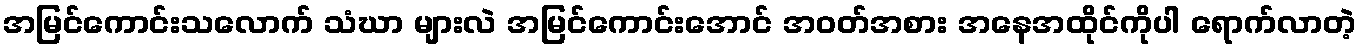
အမြင်ကောင်းသလောက် သံဃာ များလဲ အမြင်ကောင်းအောင် အဝတ်အစား အနေအထိုင်ကိုပါ ရောက်လာတဲ့